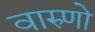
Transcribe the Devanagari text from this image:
वारुणो